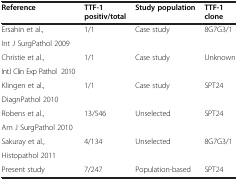
| Reference | TTF-1 positiv/total | Study population | TTF-1 clone |
 | --- | --- | --- | --- |
 | Ersahin et al., | <ROWSPAN=2> 1/1 | <ROWSPAN=2> Case study | <ROWSPAN=2> 8G7G3/1 |
 | Int J SurgPathol 2009 |
 | Christie et al., | <ROWSPAN=2> 1/1 | <ROWSPAN=2> Case study | <ROWSPAN=2> Unknown |
 | IntJ Clin Exp Pathol 2010 |
 | Klingen et al., | <ROWSPAN=2> 1/1 | <ROWSPAN=2> Case study | <ROWSPAN=2> SPT24 |
 | DiagnPathol 2010 |
 | Robens et al., | <ROWSPAN=2> 13/546 | <ROWSPAN=2> Unselected | <ROWSPAN=2> SPT24 |
 | Am J SurgPathol 2010 |
 | Sakuray et al., | <ROWSPAN=2> 4/134 | <ROWSPAN=2> Unselected | <ROWSPAN=2> 8G7G3/1 |
 | Histopathol 2011 |
 | Present study | 7/247 | Population-based | SPT24 |